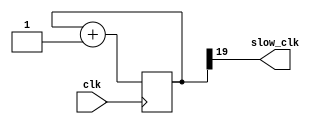
`timescale 1ns / 1ps

module clk_div(
    input clk,
    output slow_clk
    );
    
    //26 bits is 1Hz (1s)
    //Want clock divider to run at 100Hz = 19-20 bits
    
    //reg [1:0] COUNT;  //for simulation
    reg [19:0] COUNT;
    
    //changing this changes the output to sseg (flashy)
    
    //assign slow_clk = COUNT[1];   //for simulation
    assign slow_clk = COUNT[19];
    
    always @ (posedge clk)
    begin
        COUNT = COUNT + 1;
    end
    
endmodule